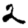
Digit: 2